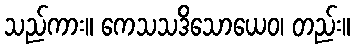
သည်ကား။ ကေသသဒိသောယေဝ၊ တည်း။